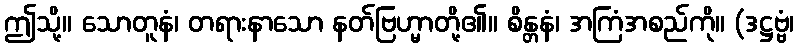
ဤသို့။ သောတူနံ၊ တရားနာသော နတ်ဗြဟ္မာတို့၏။ စိန္တနံ၊ အကြံအစည်ကို။ (ဒဋ္ဌဗ္ဗံ၊